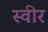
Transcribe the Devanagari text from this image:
स्वीर